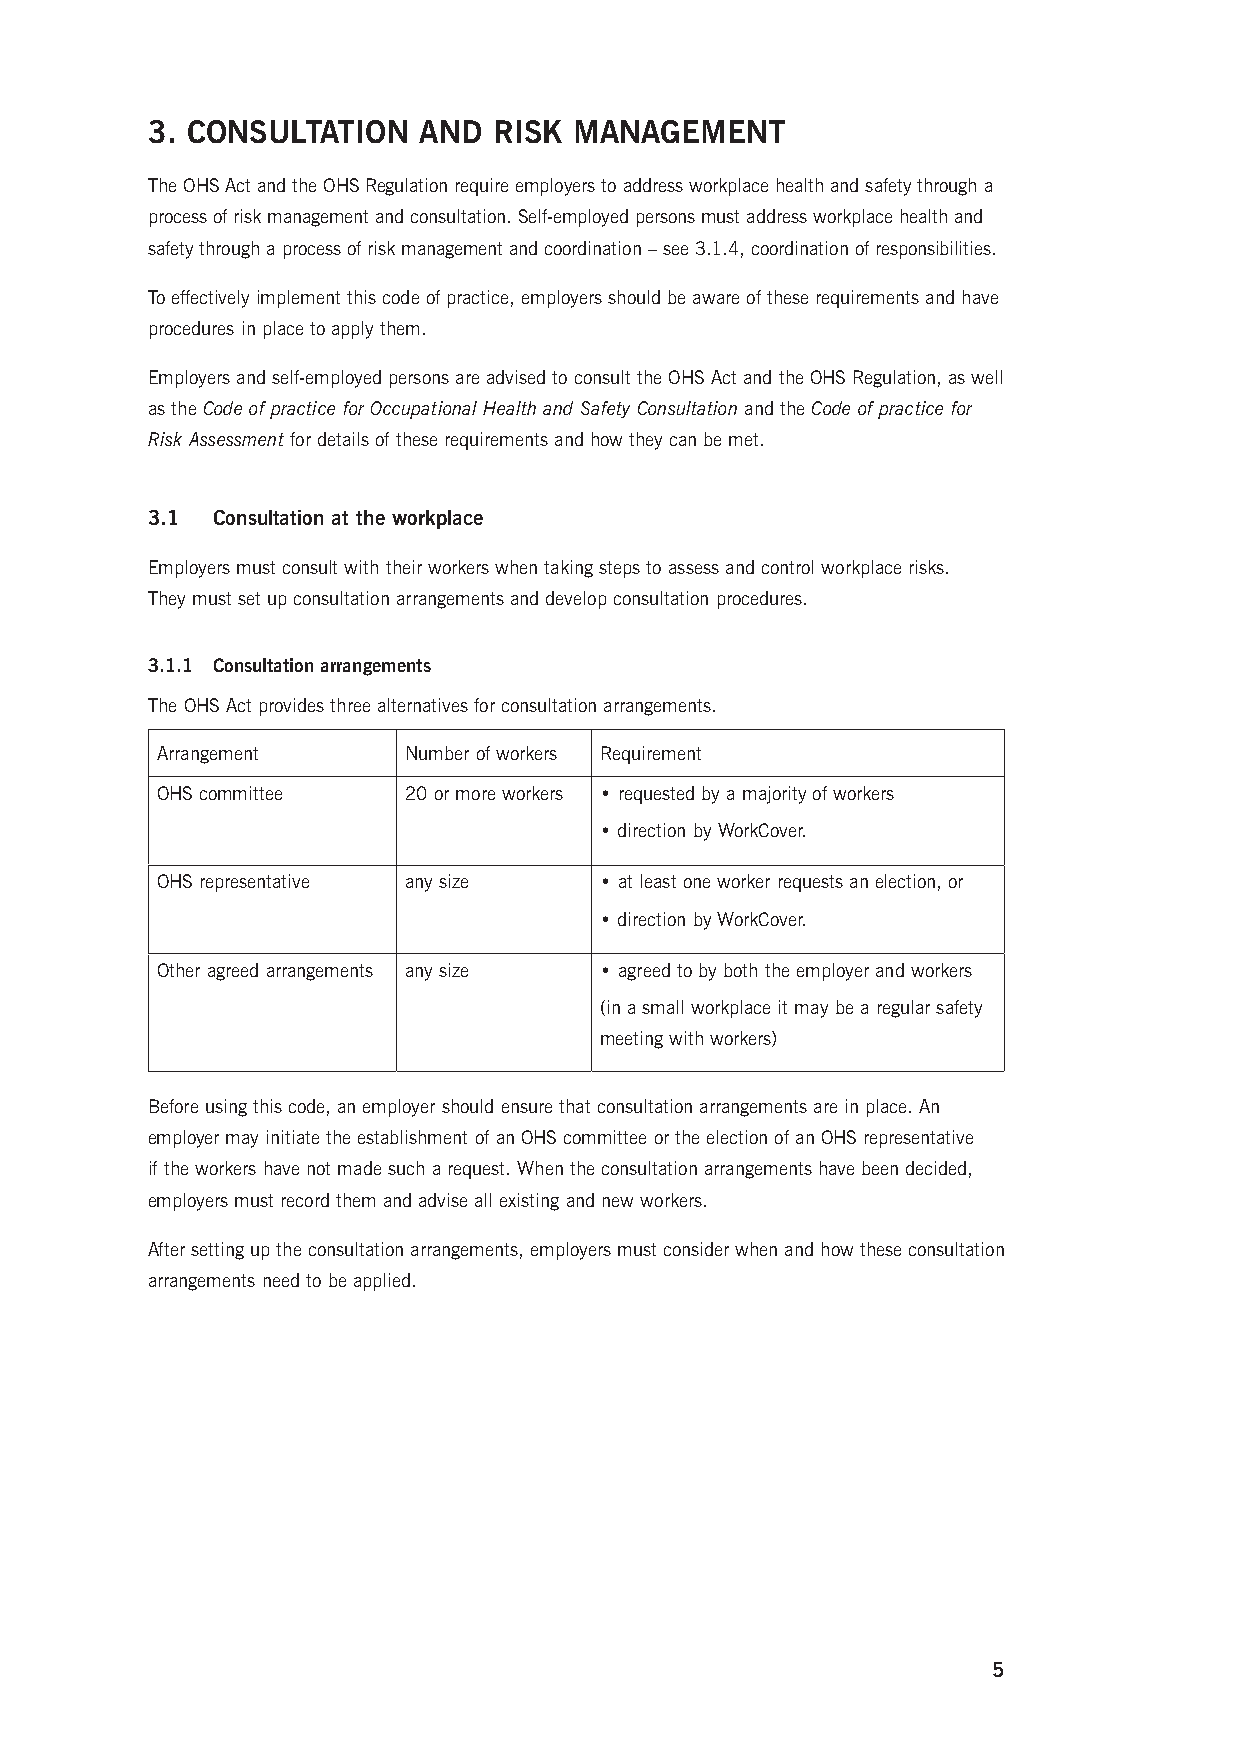
3. CONSULTATION   AND  RISK MANAGEMENT
 The OHS Act and the OHS Regulation require employers to address workplace health and safety through a
 process of risk management and consultation. Self-employed persons must address workplace health and
 safety through a process of risk management and coordination – see 3.1.4, coordination of responsibilities.
 To effectively implement this code of practice, employers should be aware of these requirements and have
 procedures in place to apply them.
 Employers and self-employed persons are advised to consult the OHS Act and the OHS Regulation, as well
 as the Code of practice for Occupational Health and Safety Consultation and the Code of practice for
 Risk Assessment for details of these requirements and how they can be met.
 3.1 Consultation at the workplace
 Employers must consult with their workers when taking steps to assess and control workplace risks.
 They must set up consultation arrangements and develop consultation procedures.
 3.1.1 Consultation arrangements
 The OHS Act provides three alternatives for consultation arrangements.
 Arrangement      Number of workers Requirement
 OHS committee    20 or more workers • requested by a majority of workers
 • direction by WorkCover.
 OHS representative any size   • at least one worker requests an election, or
 • direction by WorkCover.
 Other agreed arrangements any size • agreed to by both the employer and workers
 (in a small workplace it may be a regular safety
 meeting with workers)
 Before using this code, an employer should ensure that consultation arrangements are in place. An
 employer may initiate the establishment of an OHS committee or the election of an OHS representative
 if the workers have not made such a request. When the consultation arrangements have been decided,
 employers must record them and advise all existing and new workers.
 After setting up the consultation arrangements, employers must consider when and how these consultation
 arrangements need to be applied.
 5